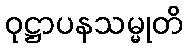
ဝုဋ္ဌာပနသမ္မုတိ